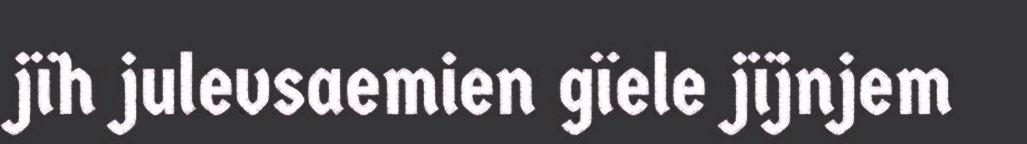
jïh julevsaemien gïele jïjnjem